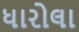
ધારોલા